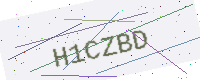
Text: H1CZBD